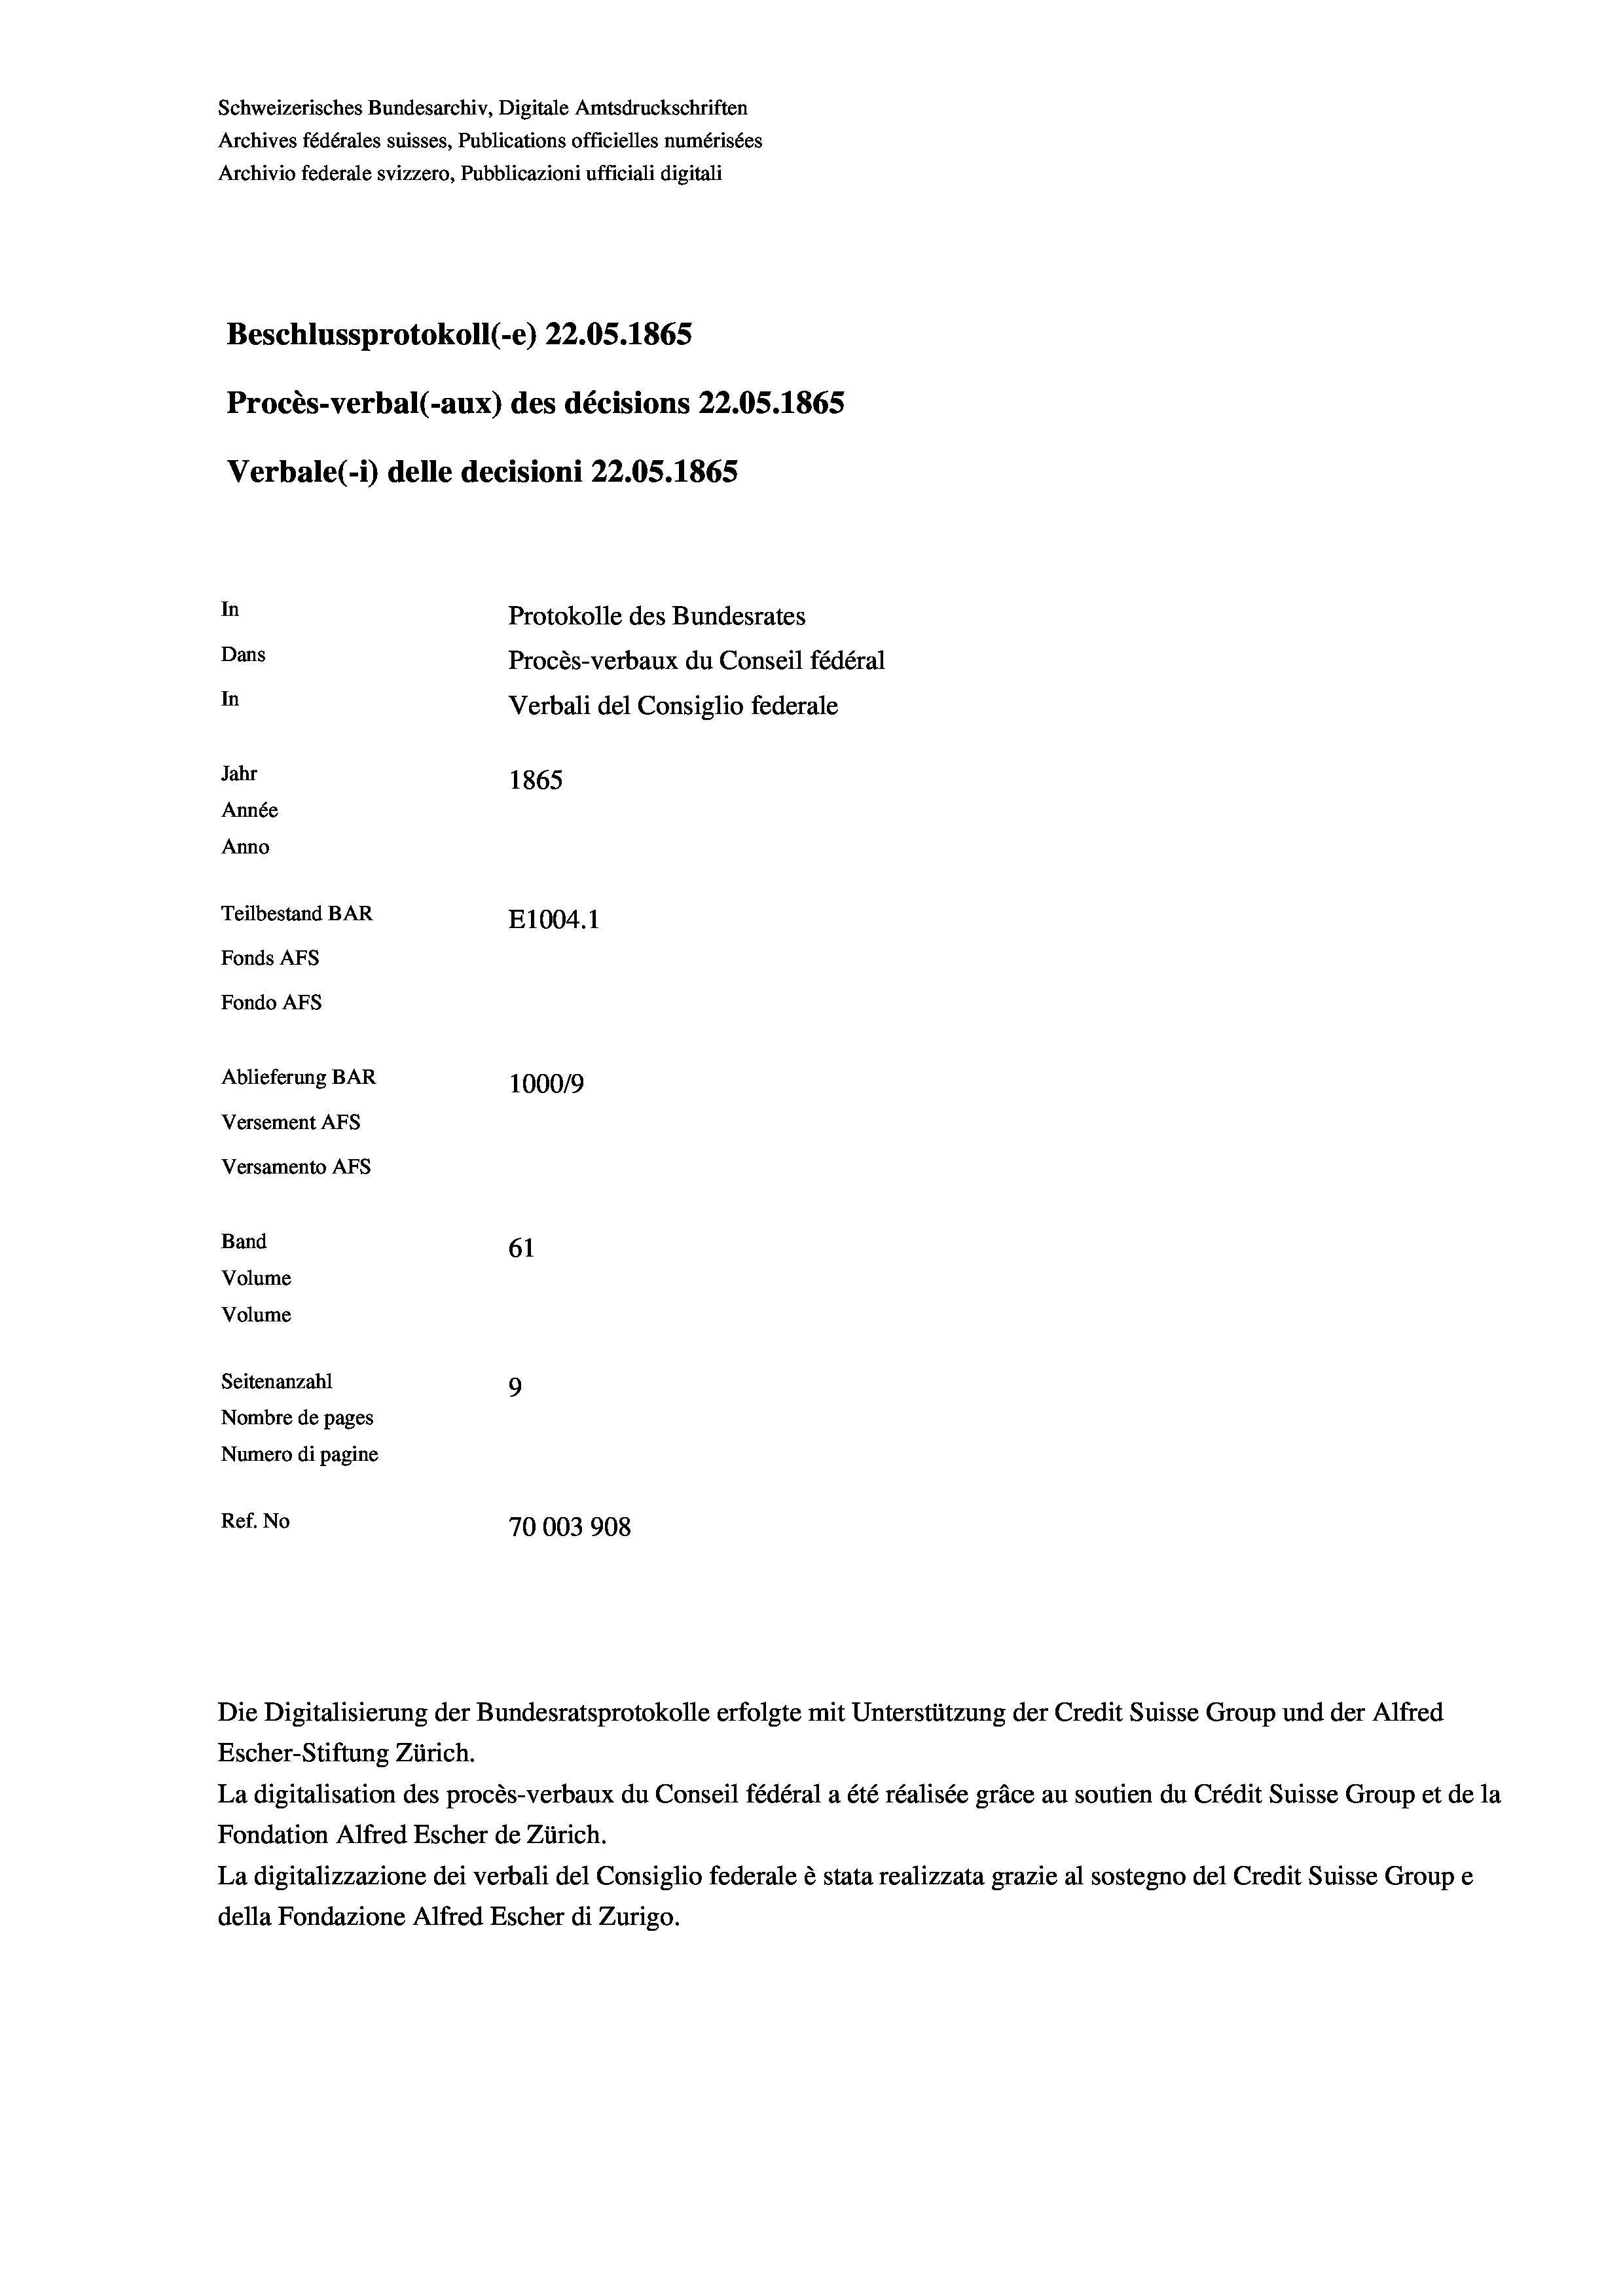
Schweizerisches Bundesarchiv, Digitale Amtsdruckschriften
Archives fédérales suisses, Publications officielles numérisées
Archivio federale svizzero, Pubblicazioni ufficiali digitali
Beschlussprotokoll (-e) 22.05. 1865
Procès-verbal (-aux) des décisions 22.05. 1865
Verbale (1) delle decisioni 22.05. 1865
In
Protokolle des Bundesrates
Dans
Procès-verbaux du Conseil fédéral
In
Verbali del Consiglio federale
Jahr
1865
Année
Anno
Teilbestand BAR
E1004.1
Fonds AFs
Fondo AFS
Ablieferung BAR
100019
Versement Abs
Versamento Afs
Band
61
Volume
Volume

Seitenanzahl
9
Nombre de pages
Numero di pagine
Ref. No
70003908

d

Escher-Stiftung Zürich.
La digitalisation des procès-verbaux du Conseil fédéral a été réalisée gräce au soutien du Crédit Suisse Group et de la
Fondation Alfred Escher de Zürich.
La digitalizzazione dei verbali del Consiglio federale è stata realizzata grazie al sostegno del Credit Suisse Groupe
della Fondazione Alfred Escher di Zurigo.

Die Digitalisierung der Bundesratsprotokolle erfolgte mit Unterstützung der Credit Suisse Group und der Alfred